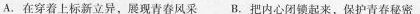
A.在穿着上标新立异，展现青春风采 B.把内心闭锁起来，保护青春秘密